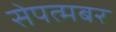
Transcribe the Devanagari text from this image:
सेपत्मबर